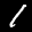
Label: 1